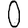
Digit: 0